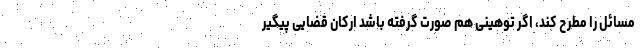
مسائل را مطرح کند، اگر توهینی هم صورت گرفته باشد ارکان قضایی پیگیر